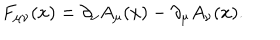
F _ { \mu \nu } ( x ) = \partial _ { \nu } A _ { \mu } ( x ) - \partial _ { \mu } A _ { \nu } ( x ) .